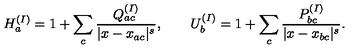
H _ { a } ^ { ( I ) } = 1 + \sum _ { c } \frac { Q _ { a c } ^ { ( I ) } } { | x - x _ { a c } | ^ { s } } , \qquad U _ { b } ^ { ( I ) } = 1 + \sum _ { c } \frac { P _ { b c } ^ { ( I ) } } { | x - x _ { b c } | ^ { s } } .